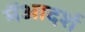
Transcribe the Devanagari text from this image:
मेंआदर्श